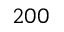
2 0 0